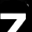
Digit: 7